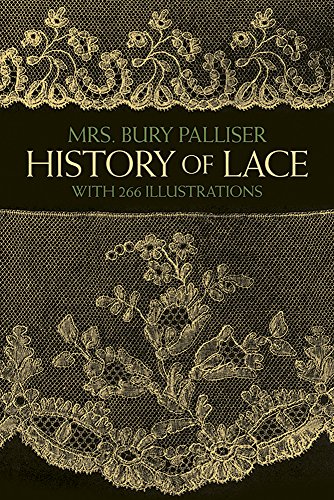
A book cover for History of Lace (Dover Knitting, Crochet, Tatting, Lace); Mrs. Bury Palliser; Crafts, Hobbies & Home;